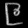
Digit: ၉